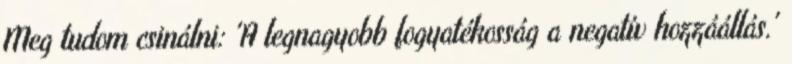
Meg tudom csinálni: 'A legnagyobb fogyatékosság a negatív hozzáállás.'